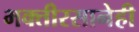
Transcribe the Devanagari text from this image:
भक्तीरसानेही